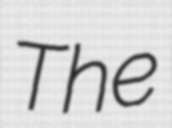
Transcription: The